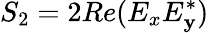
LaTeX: S_{2}=2Re(E_{x}E_{\mathbf{y}}^{*})